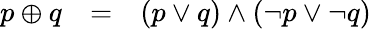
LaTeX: \begin{array}{lll}{p\oplus q}&{=}&{(p\lor q)\land(\lnot p\lor\lnot q)}\end{array}